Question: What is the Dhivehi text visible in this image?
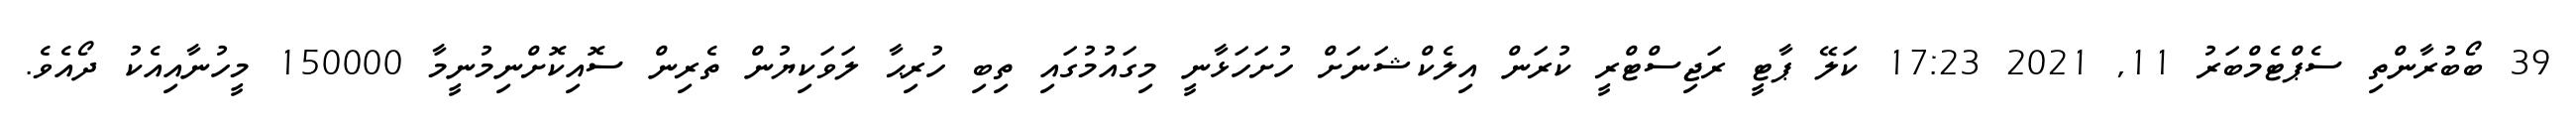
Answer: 39 ބޯބުރާންތި ސެޕްޓެމްބަރު 11, 2021 17:23 ކަލޭ ޕާޓީ ރަޖިސްޓްރީ ކުރަން އިލެކްޝަނަށް ހުށަހަޅާނީ މިގައުމުގައި ތިބި ހުރިޙާ ލަވަކިޔުން ތެރިން ސޮއިކޮށްނިމުނީމާ 150000 މީހުނާއިއެކު ދޯއެވެ.